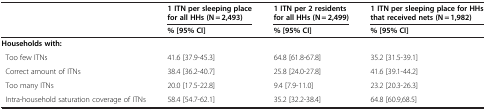
|  | 1 ITN per sleeping place for all HHs (N = 2,493) | 1 ITN per 2 residents for all HHs (N = 2,499) | 1 ITN per sleeping place for HHs that received nets (N = 1,982) |
 |  | % [95% CI] | % [95% CI] | % [95% CI] |
 | --- | --- | --- | --- |
 | <COLSPAN=4> Households with: |
 | Too few ITNs | 41.6 [37.9-45.3] | 64.8 [61.8-67.8] | 35.2 [31.5-39.1] |
 | Correct amount of ITNs | 38.4 [36.2-40.7] | 25.8 [24.0-27.8] | 41.6 [39.1-44.2] |
 | Too many ITNs | 20.0 [17.5-22.8] | 9.4 [7.9-11.0] | 23.2 [20.3-26.3] |
 | Intra-household saturation coverage of ITNs | 58.4 [54.7-62.1] | 35.2 [32.2-38.4] | 64.8 [60.9,68.5] |